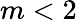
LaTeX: m<2